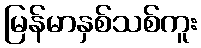
မြန်မာနှစ်သစ်ကူး